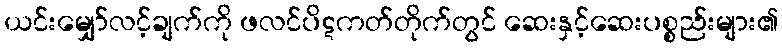
ယင်းမျှော်လင့်ချက်ကို ဖလင်ပိဋကတ်တိုက်တွင် ဆေးနှင့်ဆေးပစ္စည်းများ၏